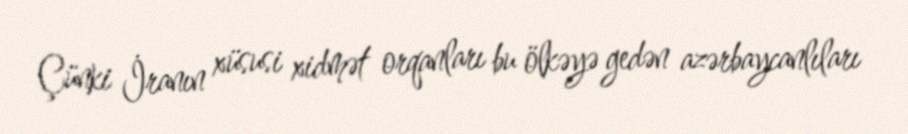
Çünki İranın xüsusi xidmət orqanları bu ölkəyə gedən azərbaycanlıları